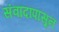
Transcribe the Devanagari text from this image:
संवादांपासून